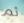
ثم